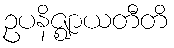
ဥပနိဇ္ဈာယတီတိ